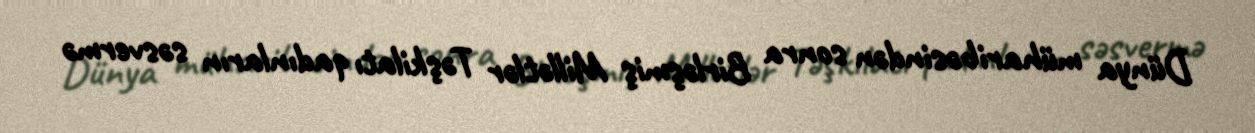
Dünya müharibəsindən sonra Birləşmiş Millətlər Təşkilatı qadınların səsvermə